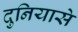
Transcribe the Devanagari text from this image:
दुनियासे